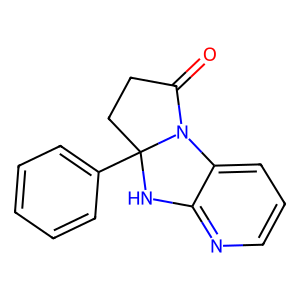
SMILES: O=C1CCC2(c3ccccc3)Nc3ncccc3N12
Inhibits HIV replication: No